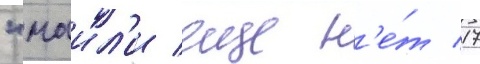
"маил'и еще н'е́т 17